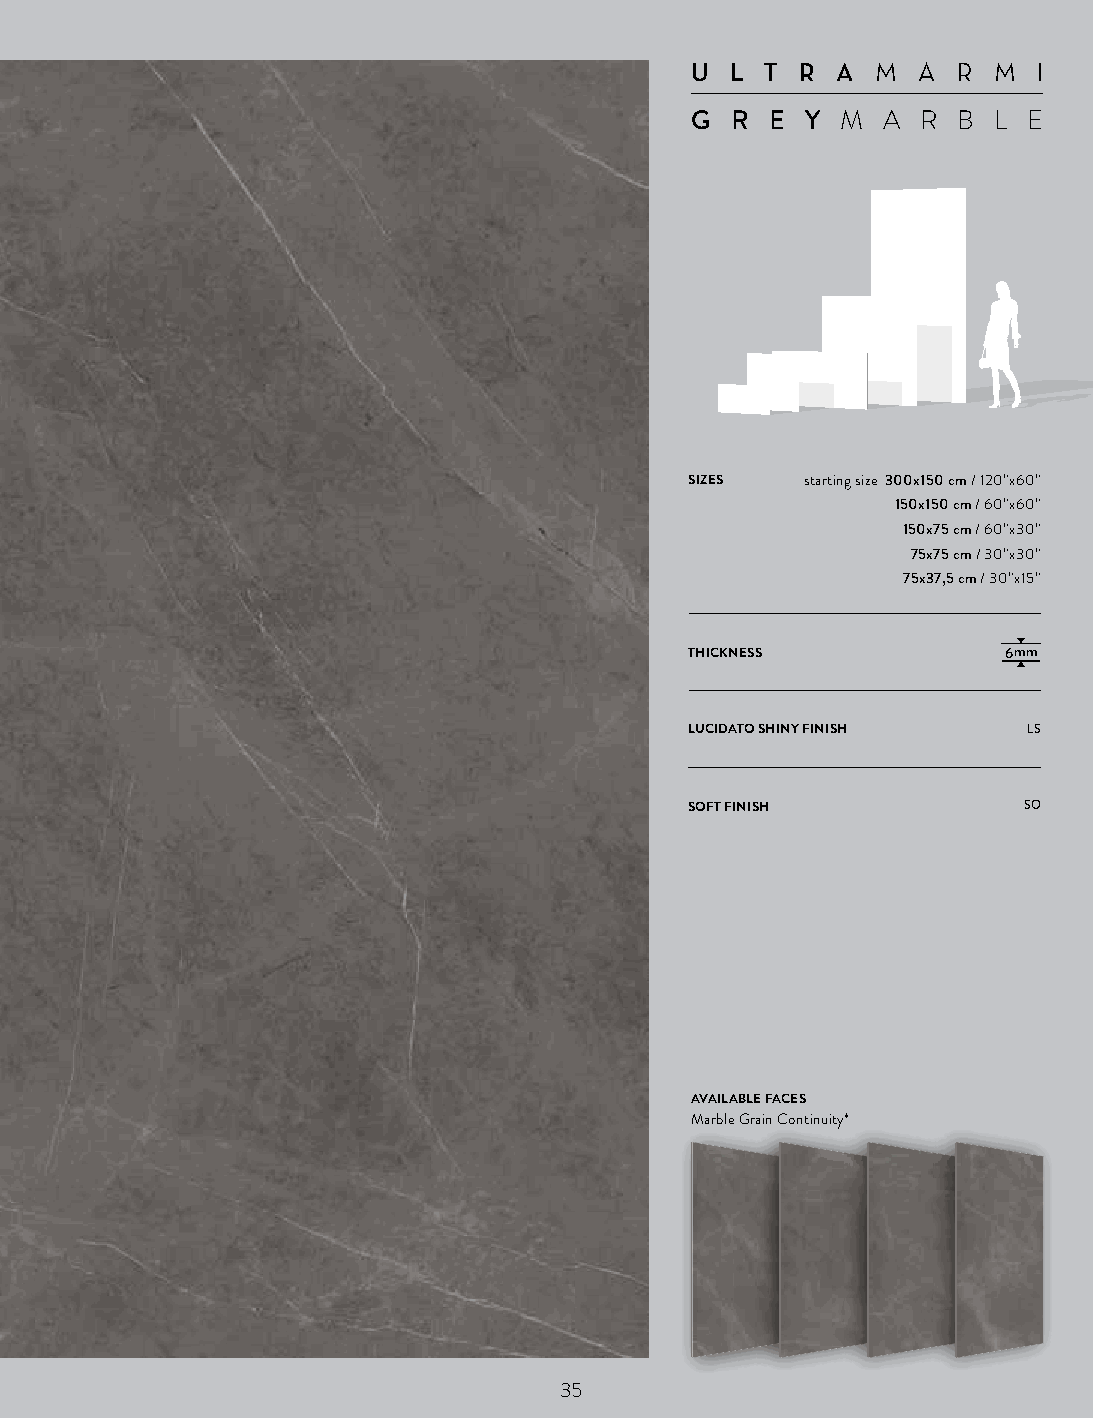
U L T  R AM  A  R M  I
 G R  E YM  A  R B L  E
 SIZES  starting size 300x150 cm / 120”x60”
 150x150 cm / 60”x60”
 150x75 cm / 60”x30”
 75x75 cm / 30”x30”
 75x37,5 cm / 30”x15”
 THICKNESS           6mm
 LUCIDATO SHINY FINISH LS
 SOFT FINISH           SO
 AVAILABLE FACES
 Marble Grain Continuity*
 35